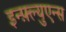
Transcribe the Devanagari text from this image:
इन्फ़्ल्युएन्स